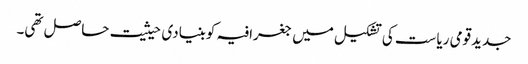
جدیدقومی ریاست کی تشکیل میں جغرافیہ کوبنیادی حیثیت حاصل تھی۔